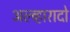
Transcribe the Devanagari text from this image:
अल्व्हारादो